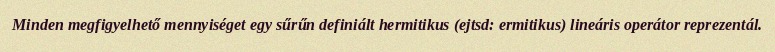
Minden megfigyelhető mennyiséget egy sűrűn definiált hermitikus (ejtsd: ermitikus) lineáris operátor reprezentál.